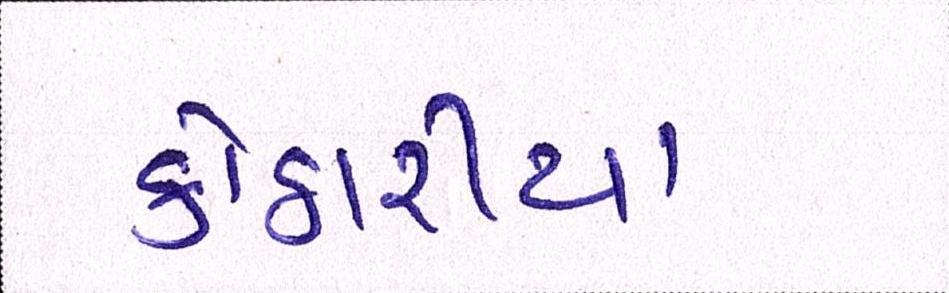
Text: કોઠારીયા